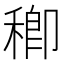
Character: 𥠈